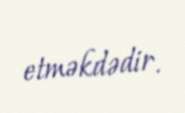
etməkdədir.